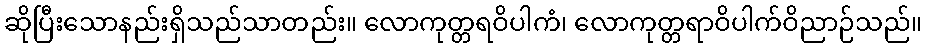
ဆိုပြီးသောနည်းရှိသည်သာတည်း။ လောကုတ္တရဝိပါကံ၊ လောကုတ္တရာဝိပါက်ဝိညာဉ်သည်။